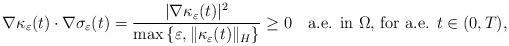
LaTeX: \begin{align*} \nabla \kappa_{\varepsilon}(t) \cdot \nabla \sigma_{\varepsilon} (t) = \frac{|\nabla \kappa_{\varepsilon}(t)|^2}{ \max{ \{ \varepsilon, \| \kappa_{\varepsilon}(t) \|_H \} }} \geq 0 \ \ \ \textrm{a.e. in $\Omega$, for a.e. $t \in (0,T)$},\end{align*}